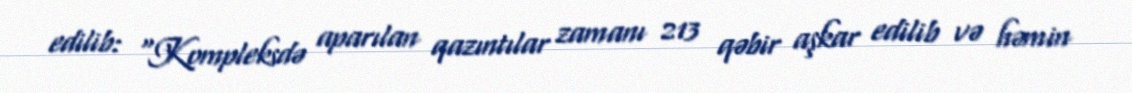
edilib: “Kompleksdə aparılan qazıntılar zamanı 213 qəbir aşkar edilib və həmin